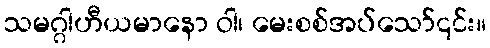
သမဂ္ဂါဟီယမာနော ဝါ၊ မေးစစ်အပ်သော်၎င်း။